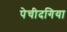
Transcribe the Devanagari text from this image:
पेचीदगिया